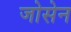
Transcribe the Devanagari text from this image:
जोसेन